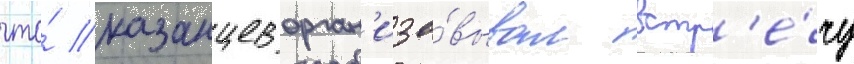
что́ казанцев орган'изо́вывал встр'е́чу